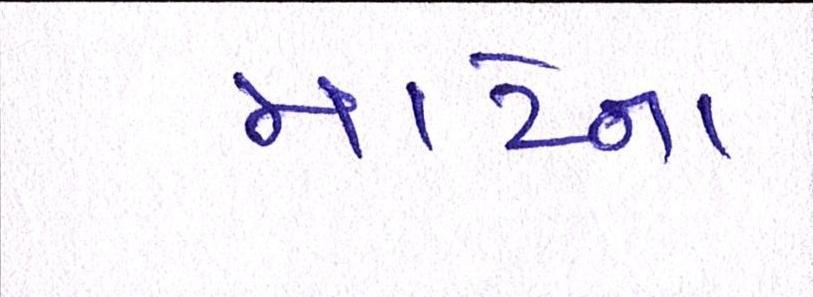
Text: માટેના